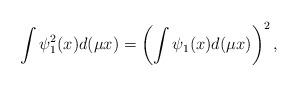
LaTeX: \begin{align*}\int \psi_1^2(x)d(\mu x)= \left ( \int \psi_1(x)d(\mu x) \right )^2,\end{align*}